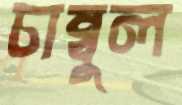
চাম্বুল